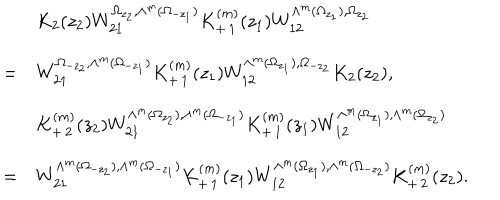
\begin{array} { c l } { { } } & { { K _ { 2 } ( z _ { 2 } ) W _ { 2 1 } ^ { \Omega _ { z _ { 2 } } , \wedge ^ { m } ( \Omega _ { - z _ { 1 } } ) } K _ { + \, 1 } ^ { ( m ) } ( z _ { 1 } ) W _ { 1 2 } ^ { \wedge ^ { m } ( \Omega _ { z _ { 1 } } ) , \Omega _ { z _ { 2 } } } } } \\ { { = } } & { { W _ { 2 1 } ^ { \Omega _ { - z _ { 2 } } , \wedge ^ { m } ( \Omega _ { - z _ { 1 } } ) } K _ { + \, 1 } ^ { ( m ) } ( z _ { 1 } ) W _ { 1 2 } ^ { \wedge ^ { m } ( \Omega _ { z _ { 1 } } ) , \Omega _ { - z _ { 2 } } } K _ { 2 } ( z _ { 2 } ) , } } \\ { { } } & { { K _ { + \, 2 } ^ { ( m ) } ( z _ { 2 } ) W _ { 2 1 } ^ { \wedge ^ { m } ( \Omega _ { z _ { 2 } } ) , \wedge ^ { m } ( \Omega _ { - z _ { 1 } } ) } K _ { + \, 1 } ^ { ( m ) } ( z _ { 1 } ) W _ { 1 2 } ^ { \wedge ^ { m } ( \Omega _ { z _ { 1 } } ) , \wedge ^ { m } ( \Omega _ { z _ { 2 } } ) } } } \\ { { = } } & { { W _ { 2 1 } ^ { \wedge ^ { m } ( \Omega _ { - z _ { 2 } } ) , \wedge ^ { m } ( \Omega _ { - z _ { 1 } } ) } K _ { + \, 1 } ^ { ( m ) } ( z _ { 1 } ) W _ { 1 2 } ^ { \wedge ^ { m } ( \Omega _ { z _ { 1 } } ) , \wedge ^ { m } ( \Omega _ { - z _ { 2 } } ) } K _ { + \, 2 } ^ { ( m ) } ( z _ { 2 } ) . } } \\ \end{array}